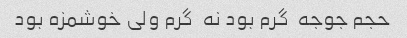
حجم جوجه  گرم بود نه  گرم ولی خوشمزه بود